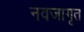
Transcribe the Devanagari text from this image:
नवजागृत